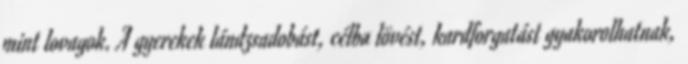
mint lovagok. A gyerekek lándzsadobást, célba lövést, kardforgatást gyakorolhatnak,